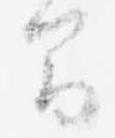
間